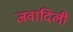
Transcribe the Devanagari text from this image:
जवांदिली